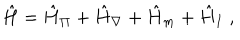
\hat { H } = \hat { H } _ { \Pi } + \hat { H } _ { \nabla } + \hat { H } _ { m } + \hat { H } _ { I } \; ,